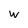
Character: W